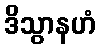
ဒိသွာနဟံ